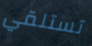
تستلقي